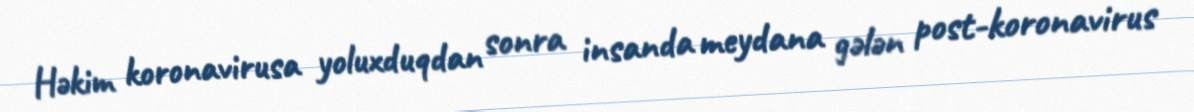
Həkim koronavirusa yoluxduqdan sonra insanda meydana gələn post-koronavirus